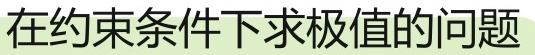
在约束条件下求极值的问题